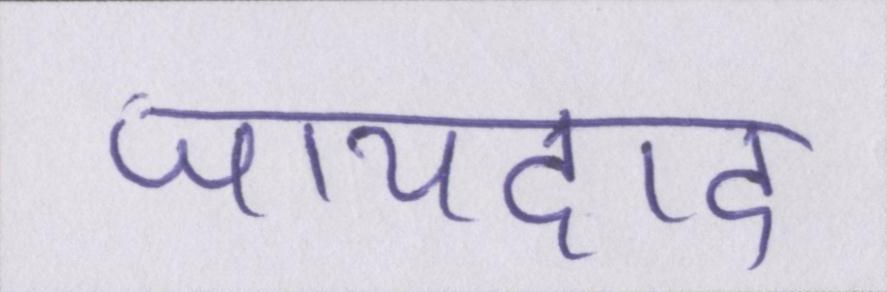
जायदाद